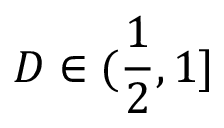
D \in ( { \frac { 1 } { 2 } } , 1 ]